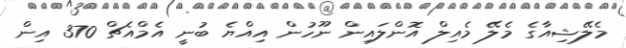
މެލޭޝިއާގެ މެލޭ މެއިލް އޮންލައިން ނޫހުން އިއްޔެ ބުނީ އެމްއެޗް 370 އިން